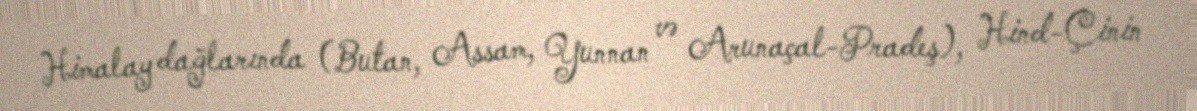
Himalay dağlarında (Butan, Assam, Yunnan və Arunaçal-Pradeş), Hind-Çinin